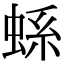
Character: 𧋬